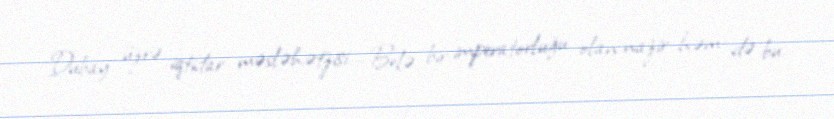
Dubay üzrə iqtidar məsləhətzisi... Belə bir imperatorluğu olan nazir həm də bu